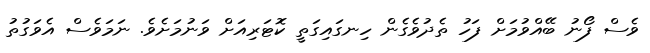
ވެސް ފޯނު ބޭއްވުމަށް ފަހު ތެދުވެގެން ހިނގައިގަތީ ކޮޓަރިއަށް ވަނުމަށެވެ. ނަމަވެސް އެވަގުތު